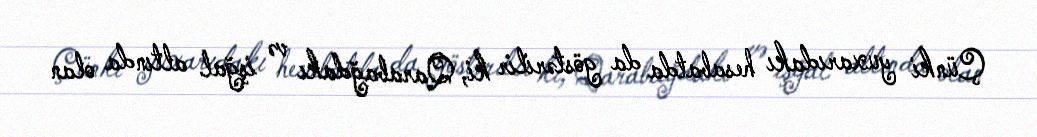
Çünki yuxarıdakı hesabatda da göstərilir ki, Qarabağdakı və işğal altında olan